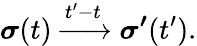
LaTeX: \boldsymbol{\sigma}(t)\xrightarrow{{t^{\prime}}-t}\boldsymbol{\sigma^{\prime}}({t^{\prime}}).